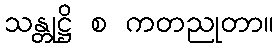
သန္တုဋ္ဌိ စ ကတညုတာ။